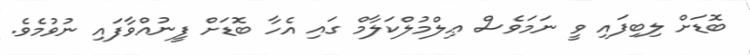
ބޮޑަށް ލިބިފައި ވީ ނަމަވެސް ޢިލްމުލްކަލާމް ގައި އެހާ ބޮޑަށް ފީނުއްވާފައި ނުވުމެވެ.